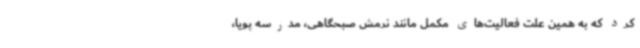
کرد که به همین علت فعالیت‌های مکمل مانند نرمش صبحگاهی، مدرسه پویا،